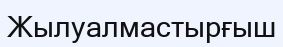
Жылуалмастырғыш